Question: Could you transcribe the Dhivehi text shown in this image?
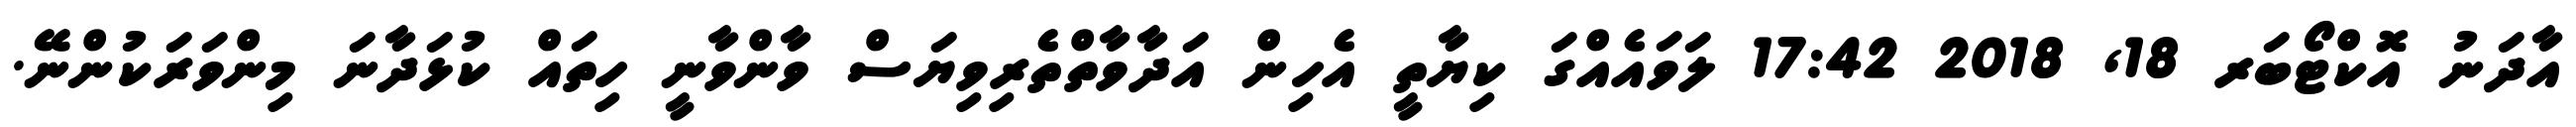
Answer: އާދަނު އޮކްޓޯބަރ 18, 2018 17:42 ލަވައެއްގަ ކިޔާތީ އެހިން އަދާވާތްތެރިވިޔަސް ވާންވާނީ ހިތައް ކުޅަދާނަ މިންވަރަކުންނޭ.